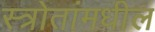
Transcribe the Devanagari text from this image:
स्त्रोतांमधील